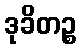
ဒုခိတဉ္စ